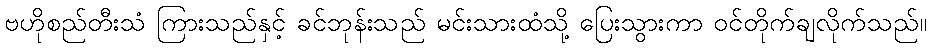
ဗဟိုစည်တီးသံ ကြားသည်နှင့် ခင်ဘုန်းသည် မင်းသားထံသို့ ပြေးသွားကာ ဝင်တိုက်ချလိုက်သည်။